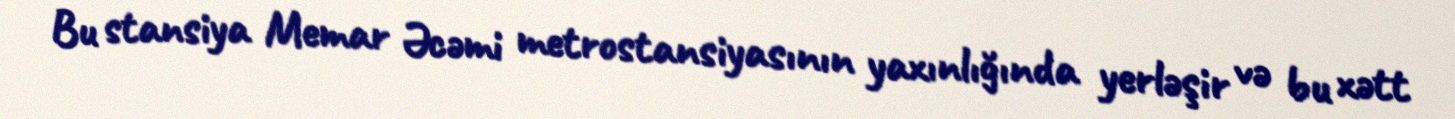
Bu stansiya Memar Əcəmi metrostansiyasının yaxınlığında yerləşir və bu xətt